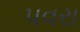
પવરા